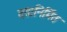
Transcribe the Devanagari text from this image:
वसानिर्मित